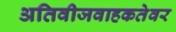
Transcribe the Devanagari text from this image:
अतिवीजवाहकतेवर